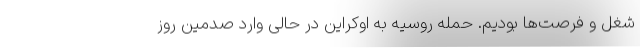
شغل و فرصت‌ها بودیم. حمله روسیه به اوکراین در حالی وارد صدمین روز